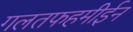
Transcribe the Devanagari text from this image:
गलतफहमीईन